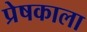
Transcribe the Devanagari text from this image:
प्रेषकाला